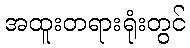
အထူးတရားရုံးတွင်